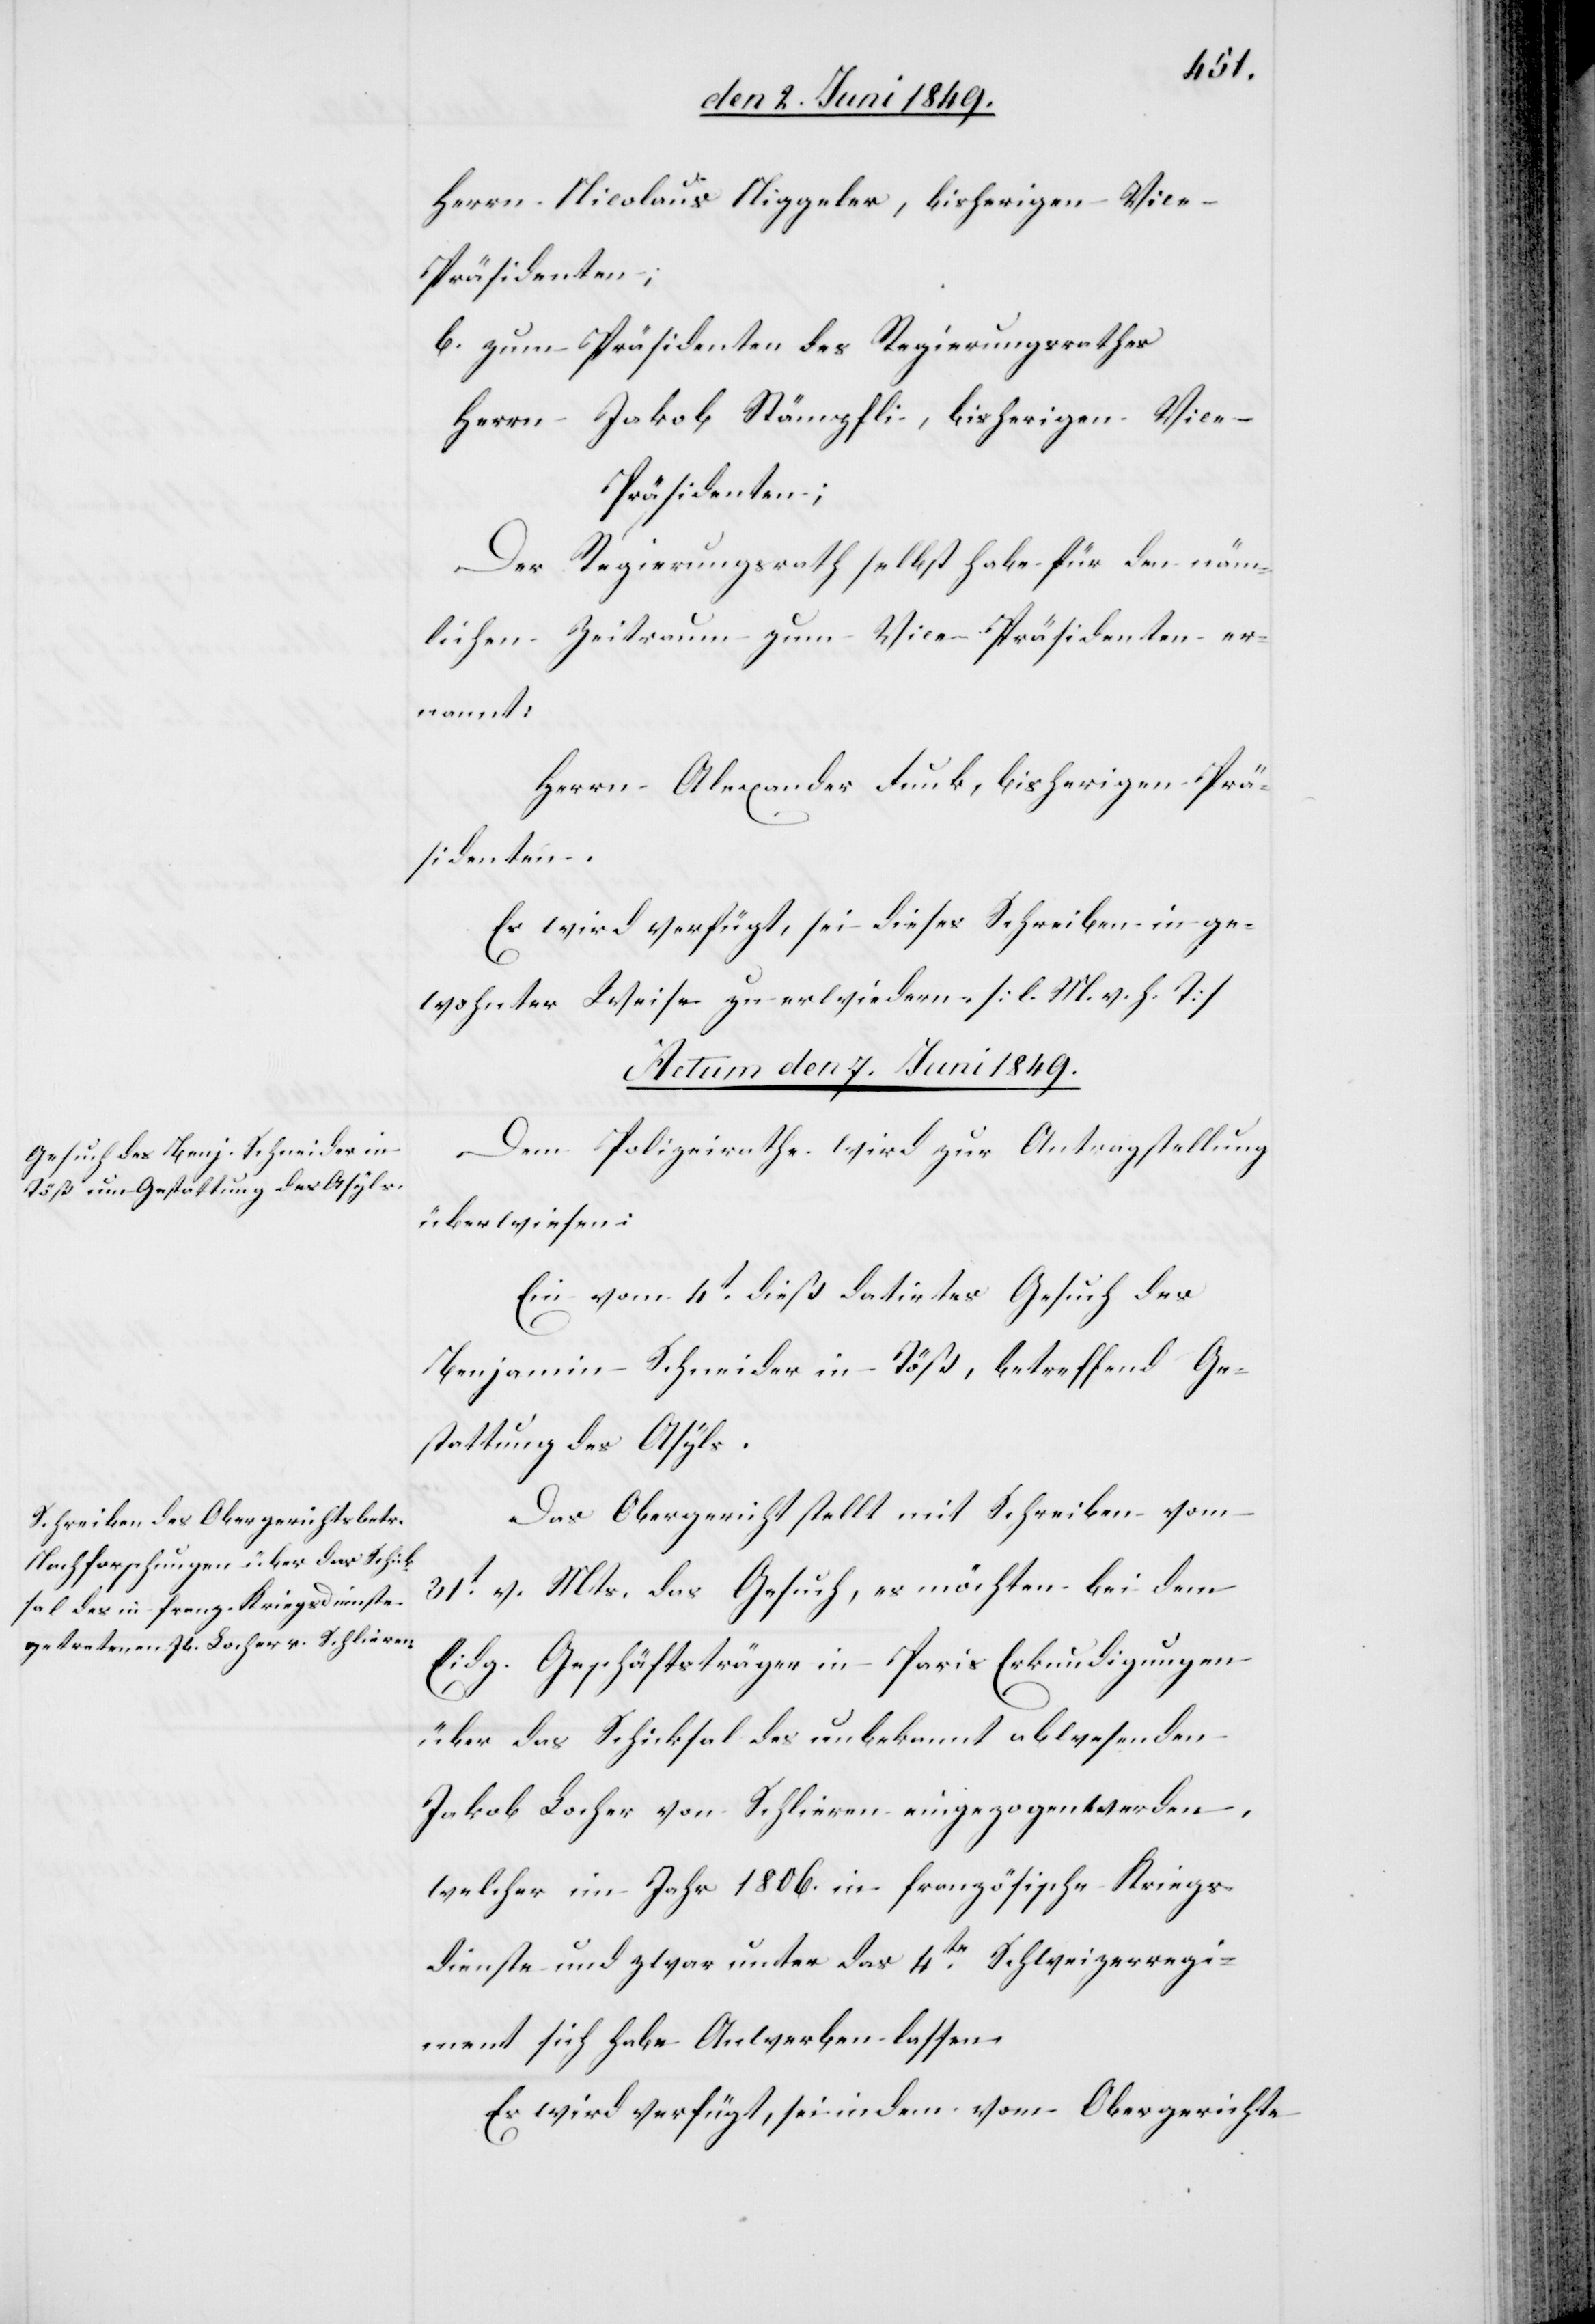
Herrn Nicolaus Niggeler, bisherigen Vic¬
e-Präsidenten;
b. zum Präsidenten des Regierungsrathes
Herrn Jakob Stämpfli, bisherigen Vic¬
e-Präsidenten;
Der Regierungsrath selbst habe für den näm¬
lichen Zeitraum zum Vice-Präsidenten er¬
nannt:
Herrn Alexander Funk, bisherigen Prä¬
sidenten.
Es wird verfügt, sei dieses Schreiben in ge¬
wohnter Weise zu erwiedern [l. M. h. T][.]
Actum den 7. Juni 1849.]
Dem Polizeirathe wird zur Antragstellung
überwiesen:
Ein vom 4t dieß datirtes Gesuch des
Benjamin Schneider in Töß, betreffend Ge¬
stattung des Asyls.
Das Obergericht stellt mit Schreiben vom
31t v. Mts. das Gesuch, es möchten bei dem
Eidg. Geschäftsträger in Paris Erkundigungen
über das Schicksal des unbekannt abwesenden
Jakob Locher von Schlieren eingezogen werden,
welcher im Jahr 1806. in französische Kriegs¬
dienste und zwar unter das 4te Schweizerregi¬
ment sich habe Anwerben lassen.
Es wird verfügt, sei in dem vom Obergerichte